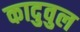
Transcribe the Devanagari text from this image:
कादुवुल